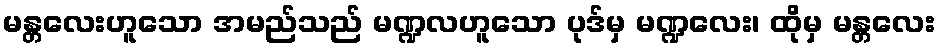
မန္တလေးဟူသော အမည်သည် မဏ္ဍလဟူသော ပုဒ်မှ မဏ္ဍလေး၊ ထိုမှ မန္တလေး